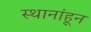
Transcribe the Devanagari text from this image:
स्थानांहून